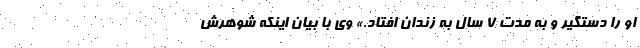
او را دستگیر و به مدت ۷ سال به زندان افتاد.» وی با بیان اینکه شوهرش